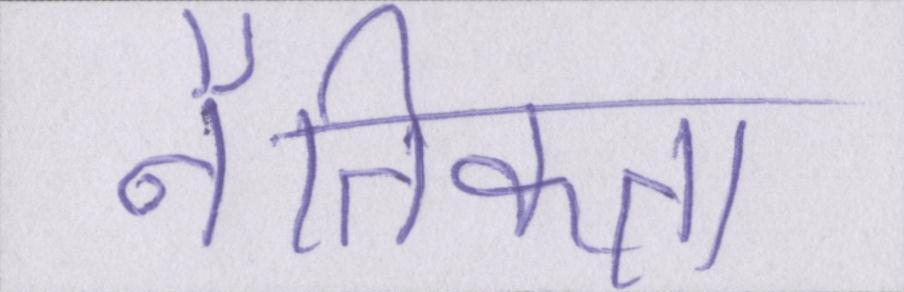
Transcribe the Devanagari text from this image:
नैतिकता